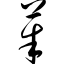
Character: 茱